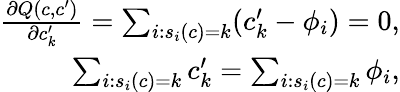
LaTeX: \begin{array}{r}{\frac{\partial Q(c,c^{\prime})}{\partial c_{k}^{\prime}}=\sum_{i:s_{i}(c)=k}(c_{k}^{\prime}-\phi_{i})=0,}\\ {\sum_{i:s_{i}(c)=k}c_{k}^{\prime}=\sum_{i:s_{i}(c)=k}\phi_{i},}\end{array}